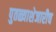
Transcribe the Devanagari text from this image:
पुतळ्याशेजारीच